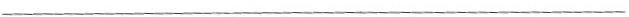
___